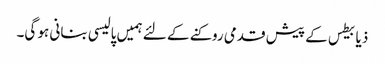
ذیابیطس کے پیش قدمی روکنے کے لئے ہمیں پالیسی بنانی ہو گی۔